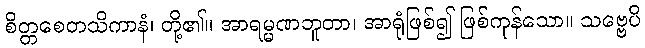
စိတ္တစေတသိကာနံ၊ တို့၏။ အာရမ္မဏဘူတာ၊ အာရုံဖြစ်၍ ဖြစ်ကုန်သော။ သဗ္ဗေပိ